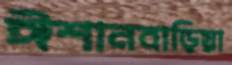
ঈশানবাড়িয়া